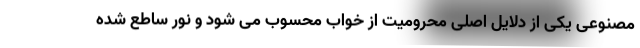
مصنوعی یکی از دلایل اصلی محرومیت از خواب محسوب می شود و نور ساطع شده